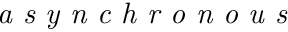
\textit { a s y n c h r o n o u s }